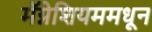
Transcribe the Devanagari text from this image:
मॅग्नेशियममधून